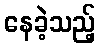
နေခဲ့သည့်